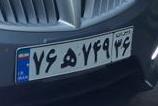
۷۶ه۷۴۹۳۶